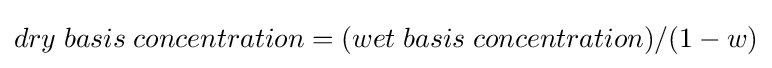
dry\;basis\;concentration=(wet\;basis\;concentration)/(1-w)